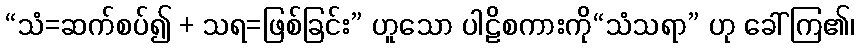
“သံ=ဆက်စပ်၍ + သရ=ဖြစ်ခြင်း” ဟူသော ပါဠိစကားကို“သံသရာ” ဟု ခေါ်ကြ၏၊